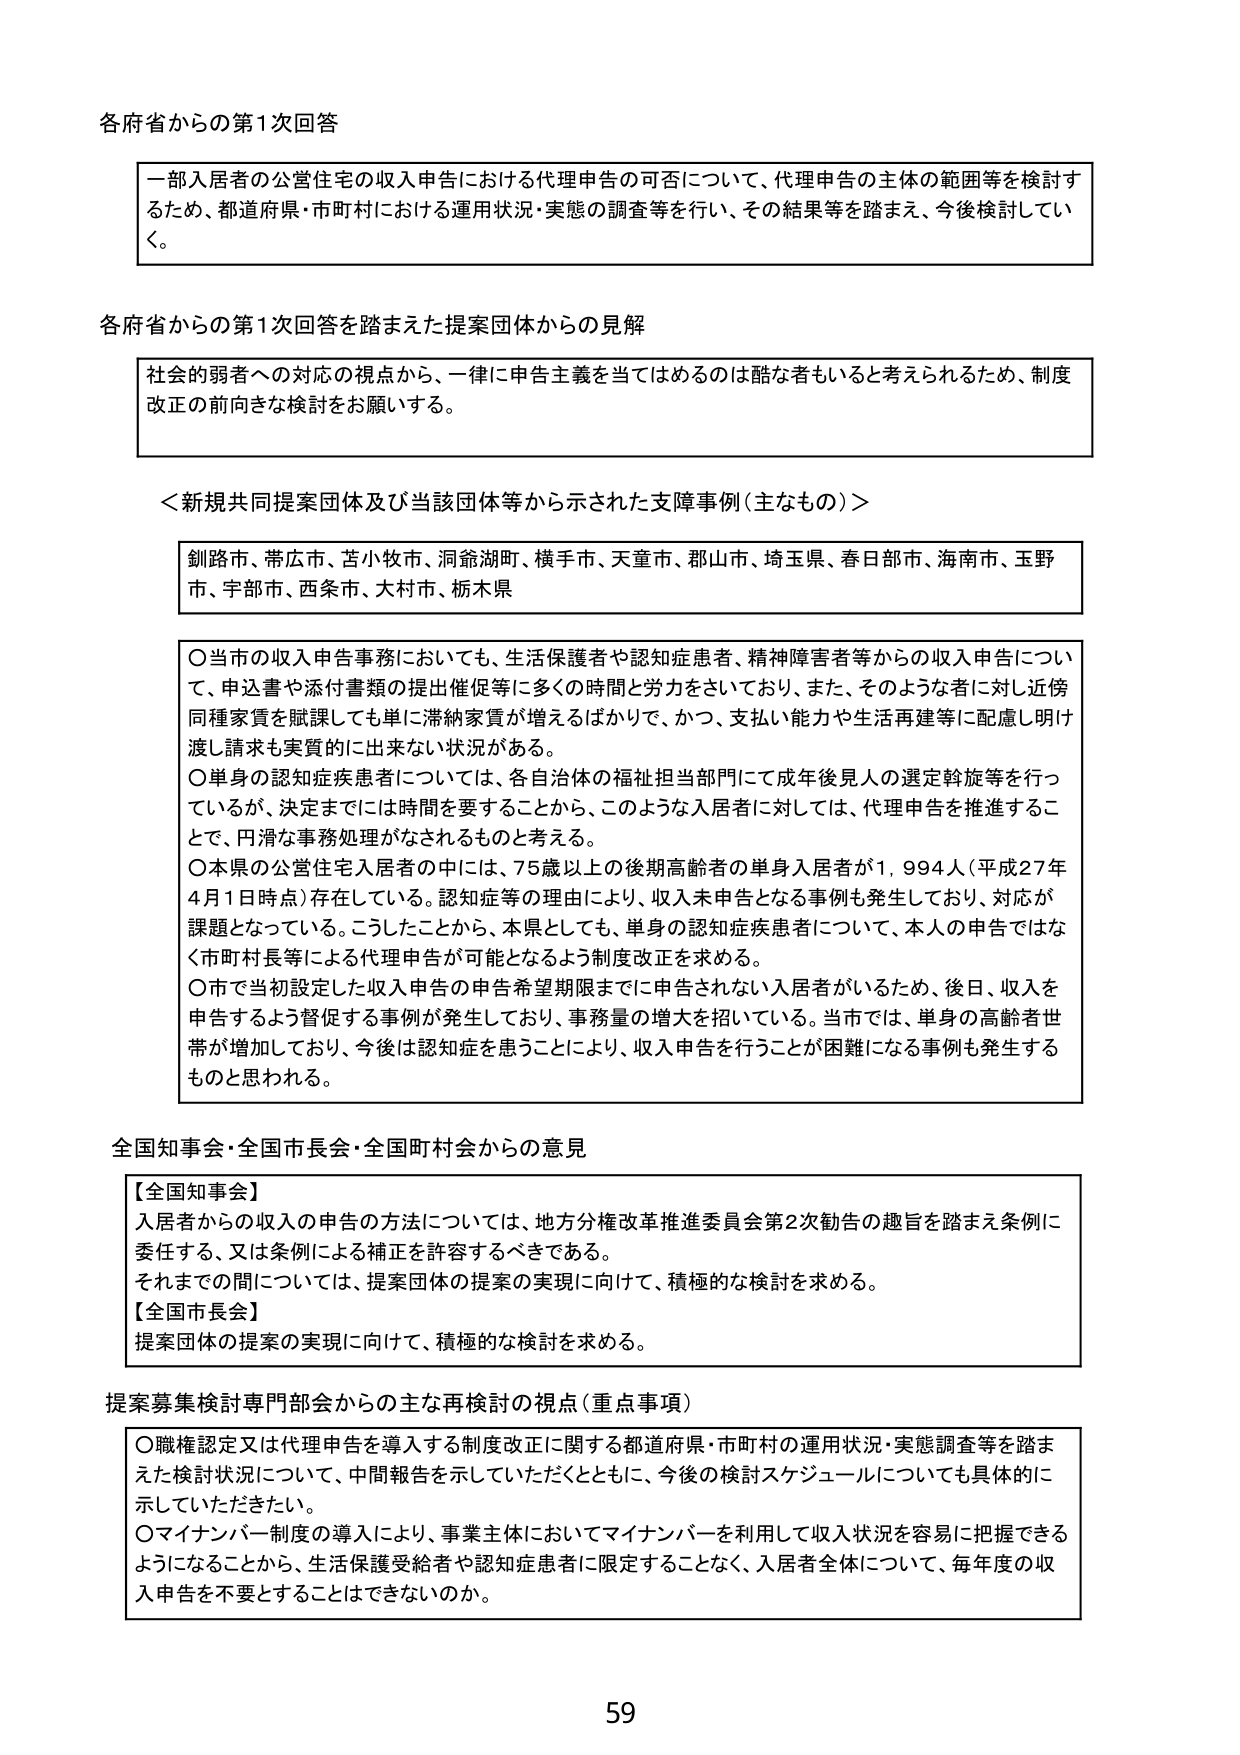
各府省からの第1次回答

一部入居者の公営住宅の収入申告における代理申告の可否について、代理申告の主体の範囲等を検討するため、都道府県・市町村における運用状況・実態の調査等を行い、その結果等を踏まえ、今後検討していく。

各府省からの第1次回答を踏まえた提案団体からの見解

社会的弱者への対応の視点から、一律に申告主義を当てはめるのは酷な者もいると考えられるため、制度改正の前向きな検討をお願いする。

＜新規共同提案団体及び当該団体等から示された支援事例（主なもの）＞

釧路市、帯広市、苫小牧市、洞爺湖町、横手市、天童市、郡山市、埼玉県、春日部市、海南市、玉野市、宇部市、西条市、大村市、栃木県

○当市の収入申告事務においても、生活保護者や認知症患者、精神障害者等からの収入申告について、申込書や添付書類の提出催促等に多くの時間と労力をさいており、また、そのような者に対し近傍同種家賃を賦課しても単に滞納家賃が増えるばかりで、かつ、支払い能力や生活再建等に配慮し明け渡し請求も実質的に出来ない状況がある。
○単身の認知症患者については、各自治体の福祉担当部門にて成年後見人の選定斡旋等を行っているが、決定までには時間を要することから、このような入居者に対しては、代理申告を推進することで、円滑な事務処理がなされるものと考える。
○本県の公営住宅入居者の中には、75歳以上の後期高齢者の単身入居者が1,994人（平成27年4月1日時点）存在している。認知症の理由により、収入未申告となる事例も発生しており、対応が課題となっている。こうしたことから、本県としても、単身の認知症患者について、本人の申告ではなく市町村長等による代理申告が可能となるよう制度改正を求める。
○市で当初設定した収入申告の申告希望期限までに申告されない入居者がいるため、後日、収入を申告するよう督促する事例が発生しており、事務量の増大を招いている。当市では、単身の高齢者世帯が増加しており、今後は認知症を患うことにより、収入申告を行うことが困難になる事例も発生するものと思われる。

全国知事会・全国市長会・全国町村会からの意見

【全国知事会】
入居者からの収入の申告の方法については、地方分権改革推進委員会第2次勧告の趣旨を踏まえ条例に委任する、又は条例による補正を許容するべきである。
それまでの間については、提案団体の提案の実現に向けて、積極的な検討を求める。
【全国市長会】
提案団体の提案の実現に向けて、積極的な検討を求める。

提案募集検討専門部会からの主な再検討の視点（重点事項）

○職権認定又は代理申告を導入する制度改正に関する都道府県・市町村の運用状況・実態調査等を踏まえた検討状況について、中間報告を示していただくとともに、今後の検討スケジュールについても具体的に示していただきたい。
○マイナンバー制度の導入により、事業主体においてマイナンバーを利用して収入状況を容易に把握できるようになることから、生活保護受給者や認知症患者に限定することなく、入居者全体について、毎年度の収入申告を不要とすることはできないのか。

59